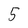
Character: 5